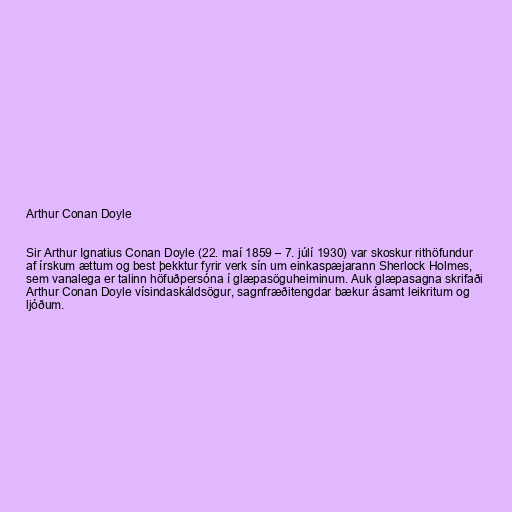
Arthur Conan Doyle

Sir Arthur Ignatius Conan Doyle (22. maí 1859 – 7. júlí 1930) var skoskur rithöfundur
af írskum ættum og best þekktur fyrir verk sín um einkaspæjarann Sherlock Holmes,
sem vanalega er talinn höfuðpersóna í glæpasöguheiminum. Auk glæpasagna skrifaði
Arthur Conan Doyle vísindaskáldsögur, sagnfræðitengdar bækur ásamt leikritum og
ljóðum.